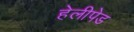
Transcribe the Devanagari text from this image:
हेलीपेड